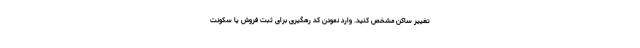
تغییر ساکن مشخص کنید. وارد نمودن کد رهگیری برای ثبت فروش یا سکونت